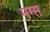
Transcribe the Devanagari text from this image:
मग्स